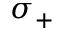
\sigma _ { + }